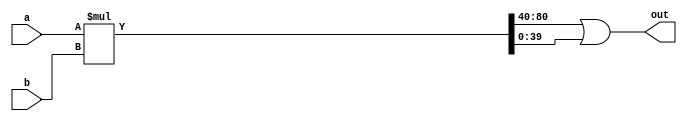
module unsigned_mult_80 (out, a, b);
output [40:0] out;
wire [80:0] mult_wire;
	input  [40:0] a;
	input  [40:0] b;

	assign mult_wire = a * b;
    assign out = mult_wire[80:40] | mult_wire[39:0];

endmodule